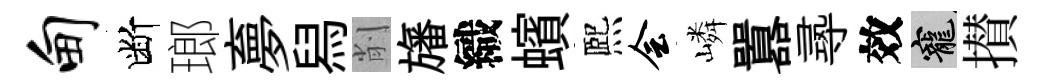
甸断瑯夣舄削旛織蠙熈会嶙囂𡬶效寵攅